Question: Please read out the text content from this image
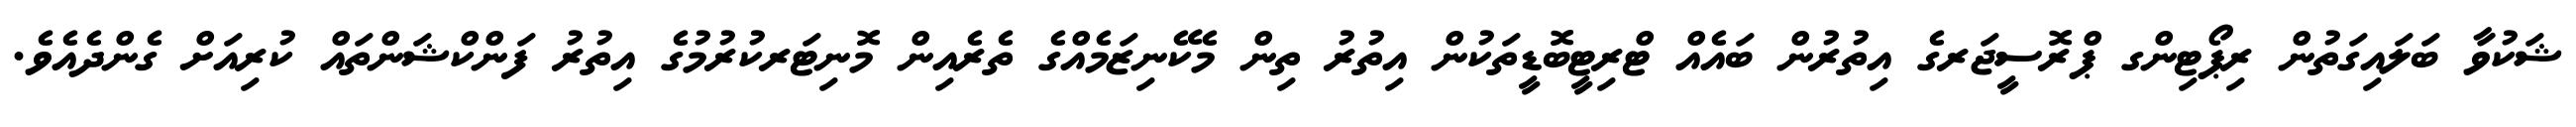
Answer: ޝަކުވާ ބަލައިގަތުން ރިޕޯޓިންގ ޕްރޮސީޖަރގެ އިތުރުން ބައެއް ޓްރިޓީބޮޑީތަކުން އިތުރު ތިން މެކޭނިޒަމެއްގެ ތެރެއިން މޮނިޓަރކުރުމުގެ އިތުރު ފަންކްޝަންތައް ކުރިއަށް ގެންދެއެވެ.